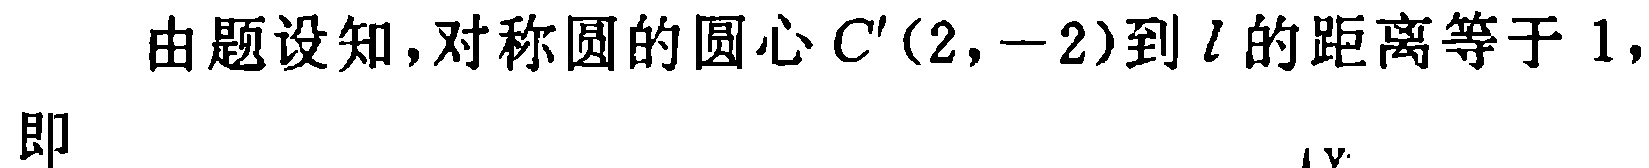
由题设知,对称圆的圆心\(C'(2,-2)\)到\(l\)的距离等于\(1\),

即